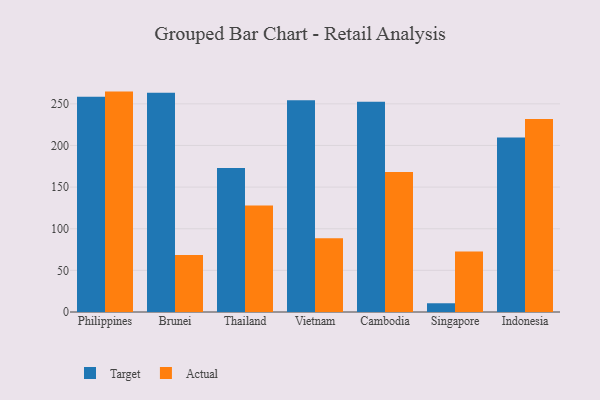
{"axis": {"x": "Country", "y": "Market Share (%)"}, "legend": ["Actual", "Target"], "data": [{"x": "Philippines", "y": 258.4, "type": "Target"}, {"x": "Philippines", "y": 264.7, "type": "Actual"}, {"x": "Brunei", "y": 263.2, "type": "Target"}, {"x": "Brunei", "y": 68.5, "type": "Actual"}, {"x": "Thailand", "y": 172.8, "type": "Target"}, {"x": "Thailand", "y": 127.9, "type": "Actual"}, {"x": "Vietnam", "y": 254.2, "type": "Target"}, {"x": "Vietnam", "y": 88.7, "type": "Actual"}, {"x": "Cambodia", "y": 252.4, "type": "Target"}, {"x": "Cambodia", "y": 168.1, "type": "Actual"}, {"x": "Singapore", "y": 10.5, "type": "Target"}, {"x": "Singapore", "y": 72.8, "type": "Actual"}, {"x": "Indonesia", "y": 209.5, "type": "Target"}, {"x": "Indonesia", "y": 231.9, "type": "Actual"}]}